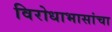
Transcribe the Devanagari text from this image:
विरोधाभासांचा